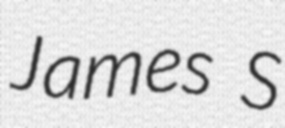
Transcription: James S